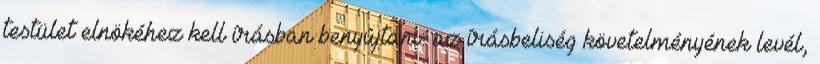
testület elnökéhez kell írásban benyújtani: az írásbeliség követelményének levél,